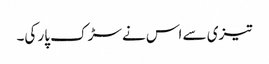
تیزی سے اس نے سڑک پار کی۔